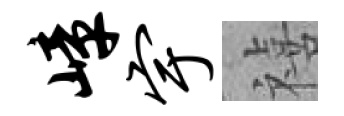
嶂宇禧